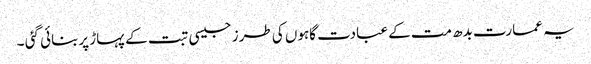
یہ عمارت بدھ مت کے عبادت گاہوں کی طرز جیسی تبت کے پہاڑ پربنائی گئی ۔